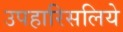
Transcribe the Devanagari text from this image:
उपहारिसलिये